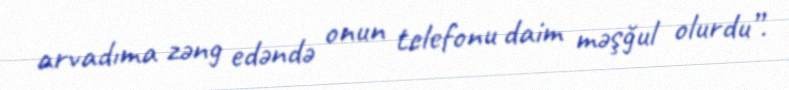
arvadıma zəng edəndə onun telefonu daim məşğul olurdu”.